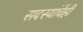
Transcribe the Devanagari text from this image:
सदस्यांचेंही